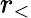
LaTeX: r_{<}